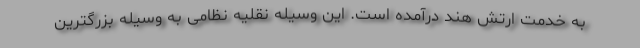
به خدمت ارتش هند درآمده است. این وسیله نقلیه نظامی به وسیله بزرگترین